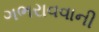
ગભરાવવાની